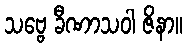
သဗ္ဗေ ခီဏာသဝါ ဇိနာ။